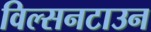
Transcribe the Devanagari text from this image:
विल्सनटाउन